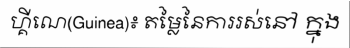
ហ្គីណេ(Guinea)៖ តម្លៃនៃការរស់នៅ ក្នុង